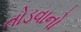
તોડવાનો